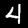
Digit: 4